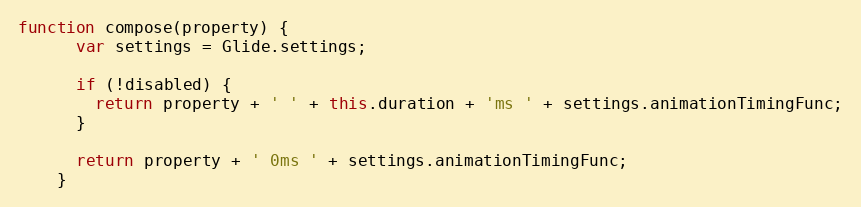
Language: JavaScript
function compose(property) {
      var settings = Glide.settings;

      if (!disabled) {
        return property + ' ' + this.duration + 'ms ' + settings.animationTimingFunc;
      }

      return property + ' 0ms ' + settings.animationTimingFunc;
    }